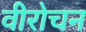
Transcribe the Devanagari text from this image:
वीरोचन